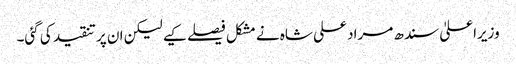
وزیراعلیٰ سندھ مراد علی شاہ نے مشکل فیصلے کیے لیکن ان پر تنقید کی گئی۔